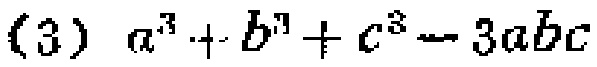
$a^{3}+b^{3}+c^{3}-3abc$